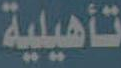
تأهيلية